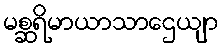
မစ္ဆရိမာယာသာဌေယျာ